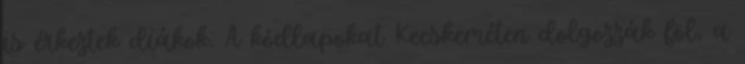
is érkeztek diákok. A kódlapokat Kecskeméten dolgozzák föl, a